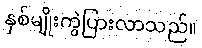
နှစ်မျိုးကွဲပြားလာသည်။